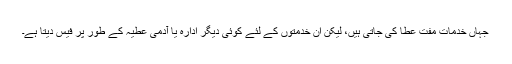
جہاں خدمات مفت عطا کی جاتی ہیں، لیکِن اُن خدمتوں کے لئے کوئی دیگر ادارہ یا آدمی عطیہ کے طور پر فیس دیتا ہے۔